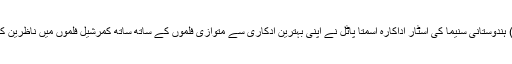
ممبئی، ۱۶ اکتوبر (یواین آئی) ہندوستانی سنیما کی اسٹار اداکارہ اسمتا پاٹل نے اپنی بہترین ادکاری سے متوازی فلموں کے ساتھ ساتھ کمرشیل فلموں میں ناظرین کے بیچ اپنی خاص جگہ بنائی۔